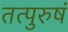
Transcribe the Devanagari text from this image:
तत्पुरुषं